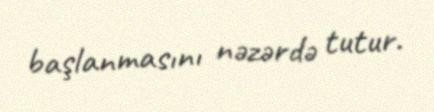
başlanmasını nəzərdə tutur.